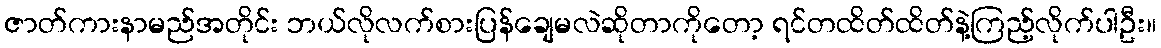
ဇာတ်ကားနာမည်အတိုင်း ဘယ်လိုလက်စားပြန်ချေမလဲဆိုတာကိုတော့ ရင်တထိတ်ထိတ်နဲ့ကြည့်လိုက်ပါဦး။